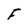
Character: F